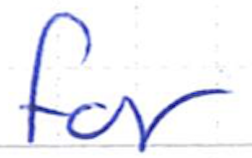
Text: for
Cross-out: clean
Writing tool: ballpoint